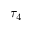
\tau _ { 4 }